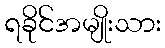
ရခိုင်အမျိုးသား